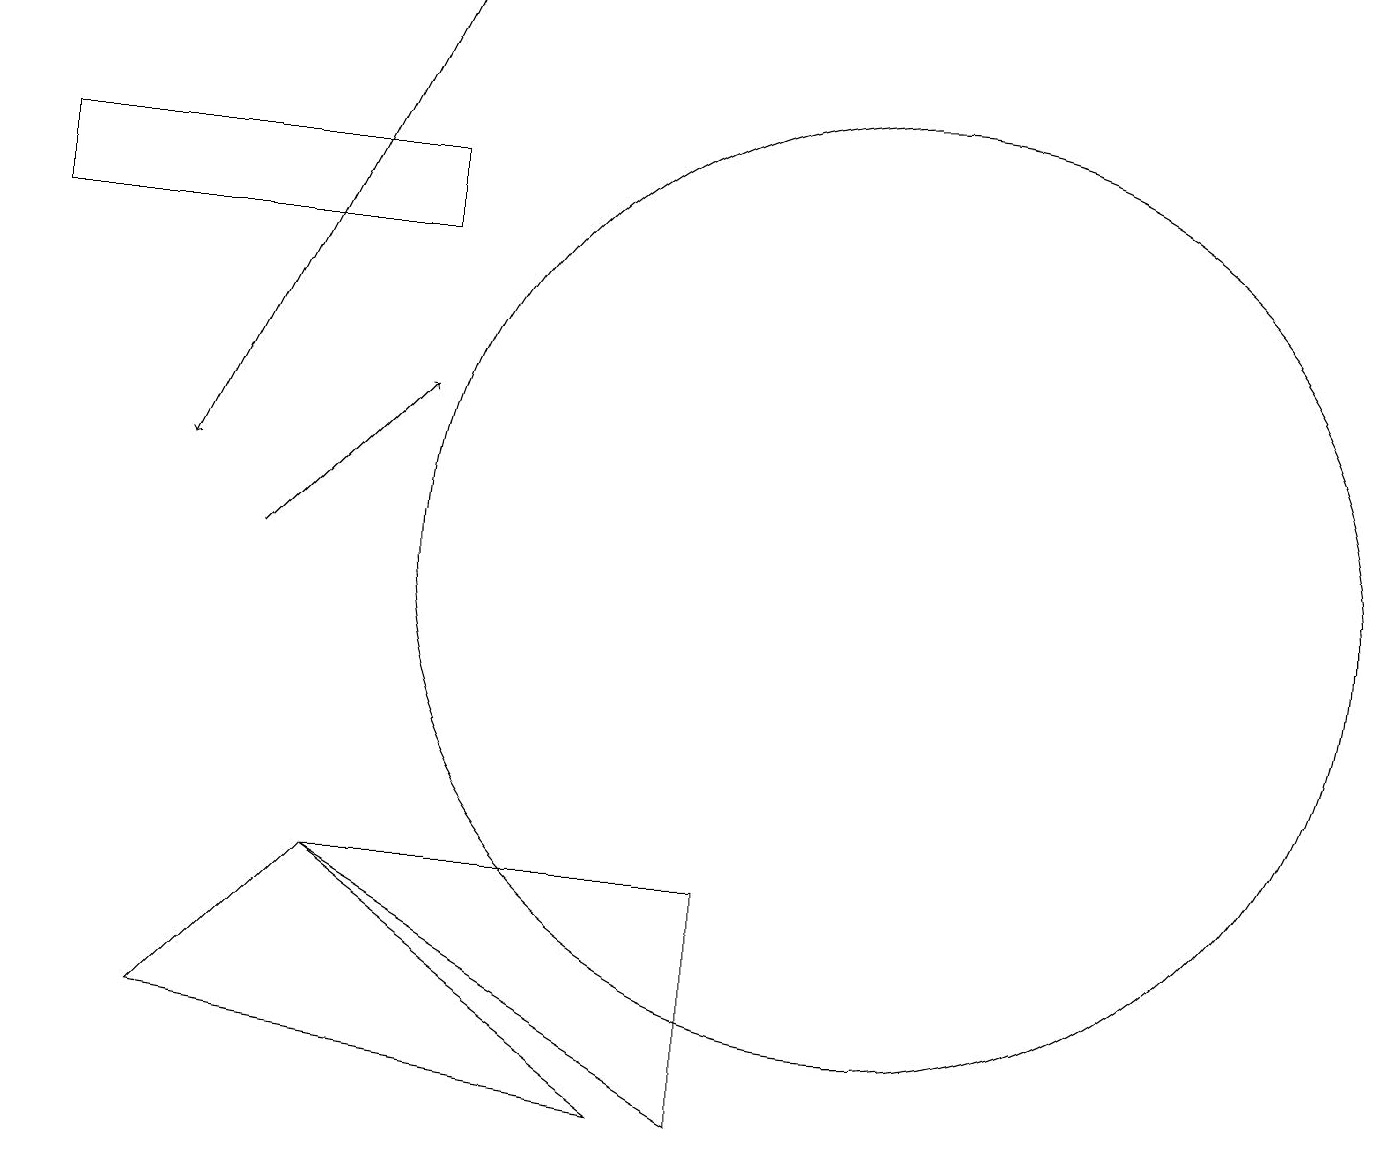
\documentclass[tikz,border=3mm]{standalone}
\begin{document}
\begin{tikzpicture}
\draw[->] (3,10) -- (5,12);
\draw (4,6) -- (8,3) -- (2,4) -- cycle;
\draw (9,3) -- (9,6) -- (4,6) -- cycle;
\draw (11,10) circle (6);
\draw (11,12) circle (0);
\draw (0,15) rectangle (5,14);
\draw[->] (5,17) -- (2,11);
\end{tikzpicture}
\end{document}